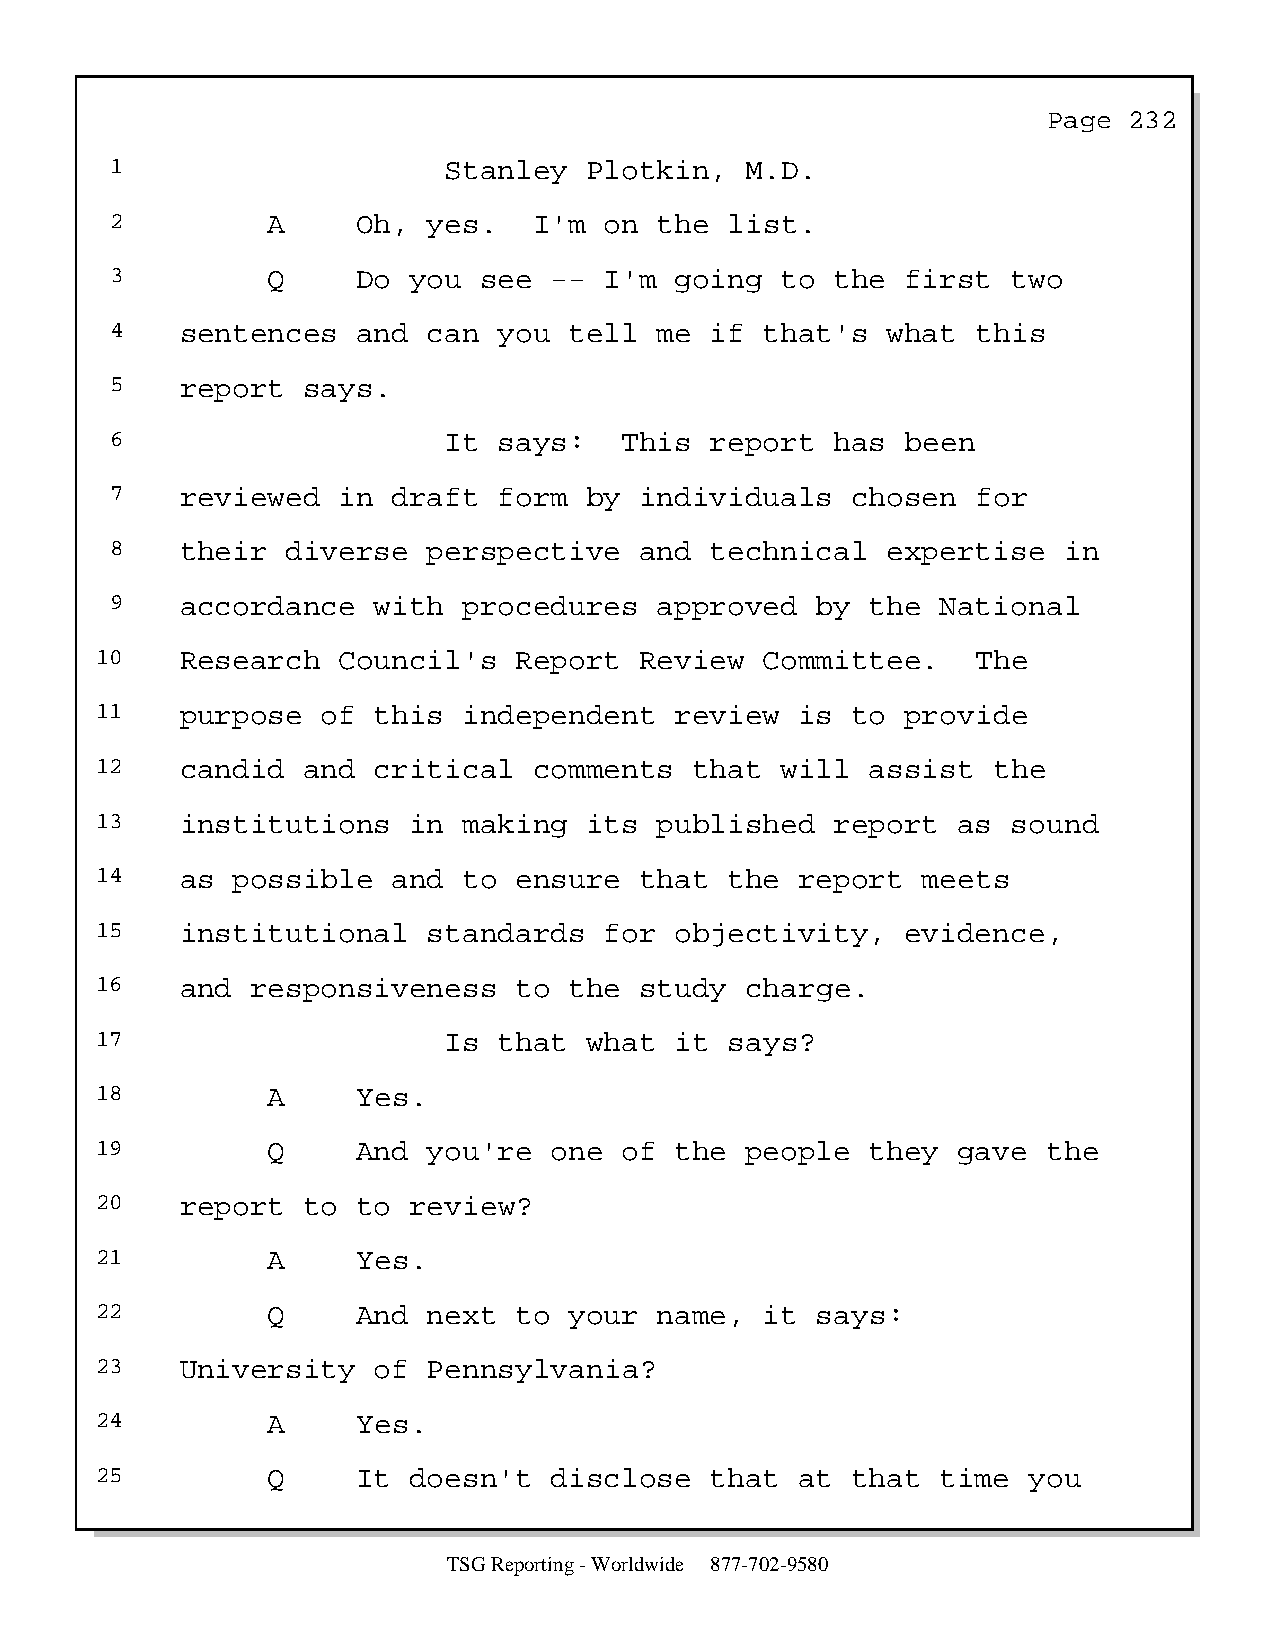
Page  232
 1                     Stanley   Plotkin,  M.D.
 2          A     Oh, yes.   I'm  on  the list.
 3          Q     Do you  see --  I'm  going  to the  first  two
 4    sentences   and can  you  tell  me if  that's  what  this
 5    report  says.
 6                     It  says:   This  report  has  been
 7    reviewed  in  draft  form  by individuals   chosen   for
 8    their  diverse  perspective   and  technical   expertise  in
 9    accordance   with  procedures   approved  by  the National
 10    Research  Council's   Report  Review   Committee.    The
 11    purpose  of  this  independent   review  is to  provide
 12    candid  and  critical  comments   that  will  assist  the
 13    institutions   in  making  its  published  report  as  sound
 14    as possible   and  to ensure  that  the  report  meets
 15    institutional   standards   for  objectivity,   evidence,
 16    and  responsiveness   to  the study  charge.
 17                     Is  that  what  it says?
 18          A     Yes.
 19          Q     And you're  one  of  the people   they gave  the
 20    report  to  to review?
 21          A     Yes.
 22          Q     And next  to  your  name,  it says:
 23    University   of Pennsylvania?
 24          A     Yes.
 25          Q     It doesn't  disclose   that  at that  time  you
 TSG Reporting - Worldwide 877-702-9580